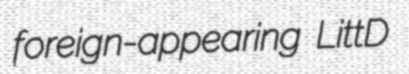
foreign-appearing LittD